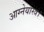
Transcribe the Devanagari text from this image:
आग्नेयास्त्र।